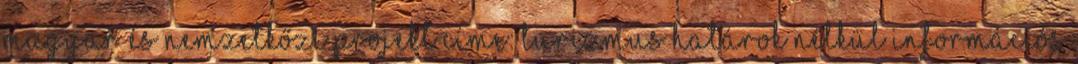
Magyar és Nemzetkőzi Projekt címe: Turizmus határok nélkül információs